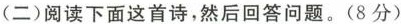
(二)阅读下面这首诗，然后回答问题。(8分)